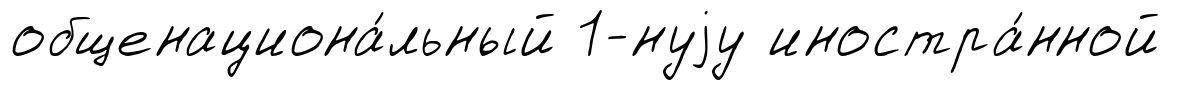
общенациона́льный 1-нуjу иностра́нной